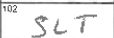
Transcription: SLT